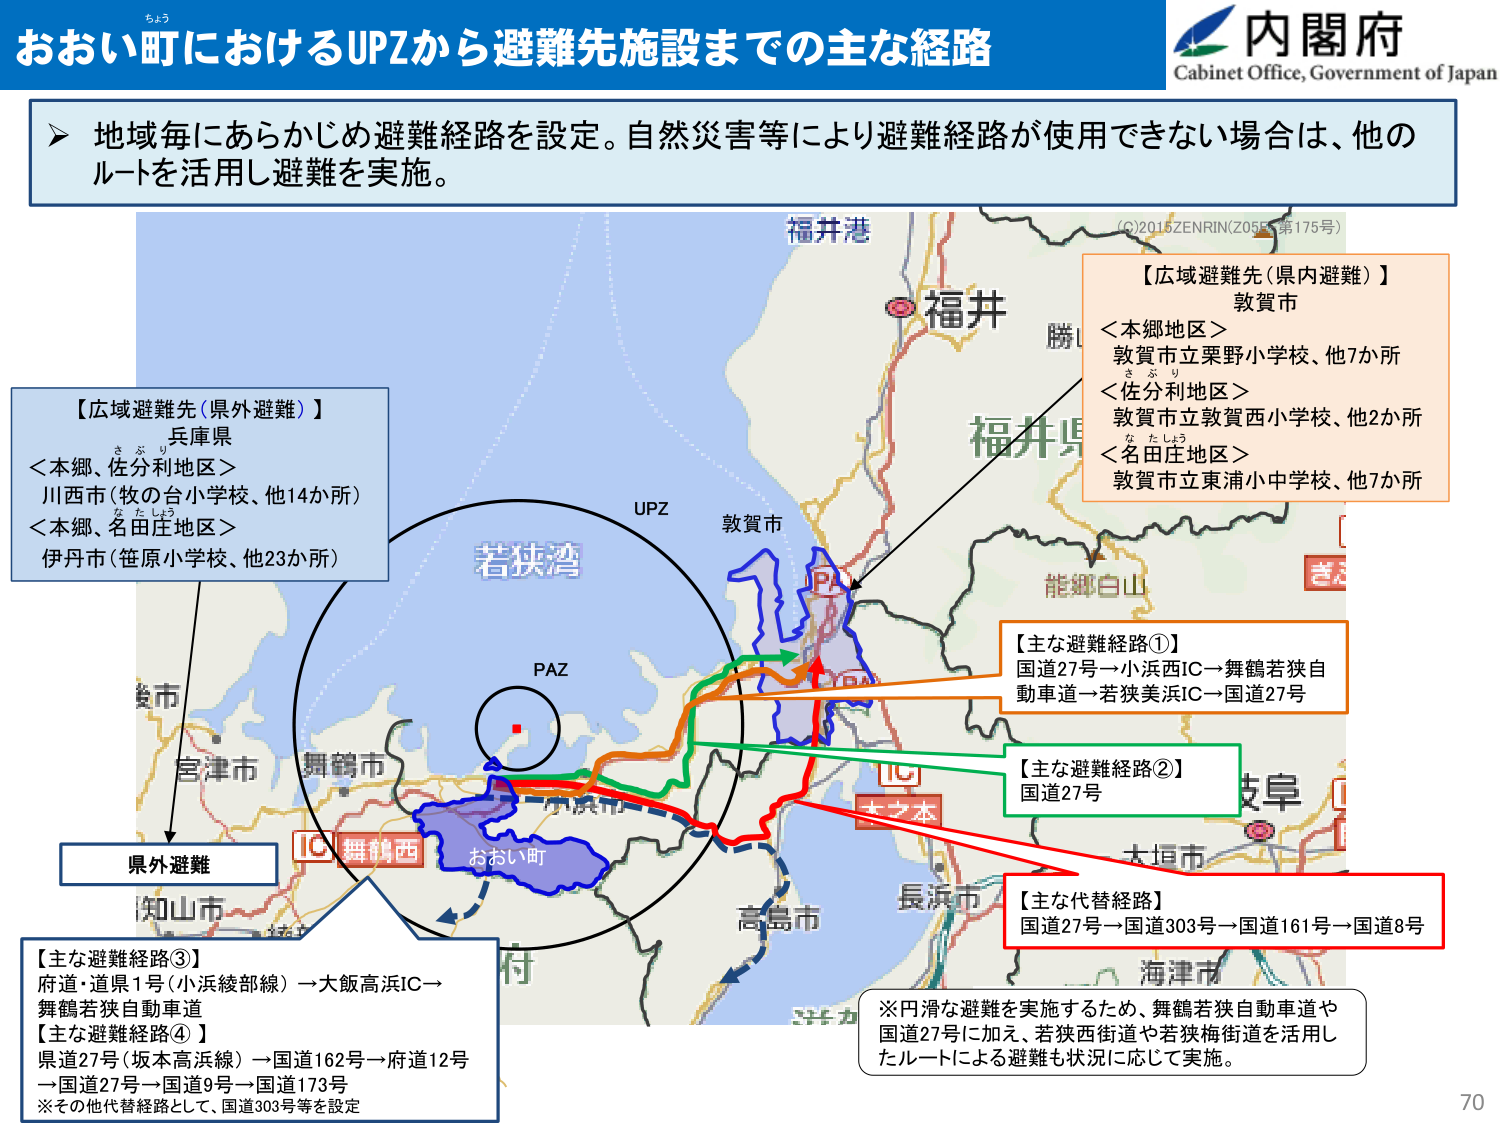
おおい町におけるUPZから避難先施設までの主な経路
ちょう
内閣府
Cabinet Office, Government of Japan

▶ 地域毎にあらかじめ避難経路を設定。自然災害等により避難経路が使用できない場合は、他のルートを活用し避難を実施。

【広域避難先（県外避難）】
兵庫県
＜本郷、佐分利地区＞
川西市（牧の台小学校、他14か所）
＜本郷、名田庄地区＞
伊丹市（笹原小学校、他23か所）

【広域避難先（県内避難）】
敦賀市
＜本郷地区＞
敦賀市立栗野小学校、他7か所
＜佐分利地区＞
敦賀市立敦賀西小学校、他2か所
＜名田庄地区＞
敦賀市立東浦小中学校、他7か所

【主な避難経路①】
国道27号→小浜西IC→舞鶴若狭自動車道→若狭美浜IC→国道27号

【主な避難経路②】
国道27号

【主な代替経路】
国道27号→国道303号→国道161号→国道8号

【主な避難経路③】
府道・道県1号（小浜綾部線）→大飯高浜IC→舞鶴若狭自動車道
【主な避難経路④】
県道27号（坂本高浜線）→国道162号→府道12号→国道27号→国道9号→国道173号
※その他代替経路として、国道303号等を設定

※円滑な避難を実施するため、舞鶴若狭自動車道や国道27号に加え、若狭西街道や若狭梅街道を活用したルートによる避難も状況に応じて実施。

福井港
福井
勝山
福井県
能郷白山
きふ
敦賀市
UPZ
PAZ
若狭湾
舞鶴市
小浜市
おおい町
IC 舞鶴西
IC
大夕本
大垣市
長浜市
高島市
海津市
知山市
宮津市
京丹後市
（C）2016 ZENRIN（Z055 第175号）
県外避難
70